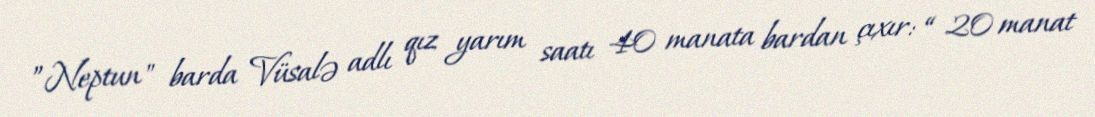
”Neptun" barda Vüsalə adlı qız yarım saatı 40 manata bardan çıxır: “ 20 manat